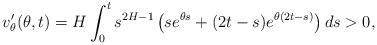
LaTeX: \begin{align*}v'_\theta(\theta,t)=H\int_0^ts^{2H-1}\left(se^{\theta s}+(2t-s)e^{\theta(2t-s)}\right)ds>0,\end{align*}